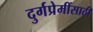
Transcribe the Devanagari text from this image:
दुर्गप्रेमींसाठी